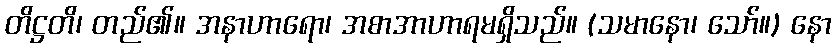
တိဋ္ဌတိ၊ တည်၏။ အနာဟာရော၊ အစာအာဟာရမရှိသည်။ (သမာနော၊ သော်။) နော